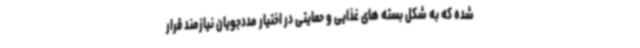
شده که به شکل بسته های غذایی و حمایتی در اختیار مددجویان نیازمند قرار